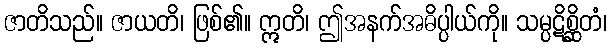
ဇာတိသည်။ ဇာယတိ၊ ဖြစ်၏။ ဣတိ၊ ဤအနက်အဓိပ္ပါယ်ကို။ သမ္ပဋိစ္ဆိတံ၊